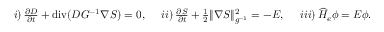
\begin{array} { r } { i ) \, \frac { \partial D } { \partial t } + \operatorname { d i v } ( D G ^ { - 1 } \nabla S ) = 0 , \quad \, \, i i ) \, \frac { \partial S } { \partial t } + \frac 1 2 \| \nabla S \| _ { g ^ { - 1 } } ^ { 2 } = - E , \quad \, \, i i i ) \, \widehat H _ { e } \phi = E \phi . } \end{array}